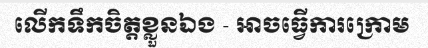
លើកទឹកចិត្តខ្លួនឯង - អាចធ្វើការក្រោម